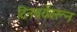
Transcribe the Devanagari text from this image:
दिनचर्येवरून